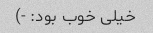
خیلی خوب بود: -)